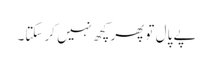
پے پال تو پھر کچھ نہیں کر سکتا۔